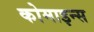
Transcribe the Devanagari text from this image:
कोमाइन्स